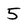
Character: 5